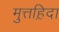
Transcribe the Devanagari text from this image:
मुत्तह़िदा